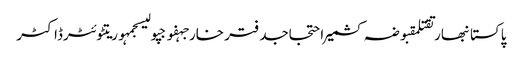
پاکستانبھارتقتلمقبوضہ کشمیراحتجاجدفتر خارجہفوجپولیسجمہوریتٹوئٹرڈاکٹر